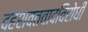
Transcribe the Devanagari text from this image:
दहशवतवादविरोधी